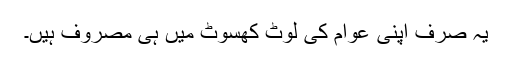
یہ صرف اپنی عوام کی لوٹ کھسوٹ میں ہی مصروف ہیں۔